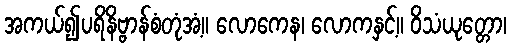
အကယ်၍ပရိနိဗ္ဗာန်စံတုံအံ့။ လောကေန၊ လောကနှင့်။ ဝိသံယုတ္တော၊